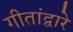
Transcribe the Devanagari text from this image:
गीतांद्वारे